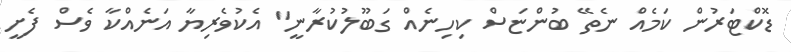
ޑޮކްޓަރުން ކަމެއް ނެތޭ ބުންޏަސް ކިހިނެއް ގަބޫލުކުރާނީ" އެކުވެރިޔާ އަނެއްކާ ވެސް ފެށީ